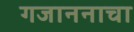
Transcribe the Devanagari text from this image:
गजाननाचा